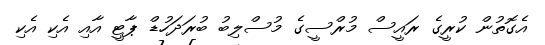
އެގޮތުން ކުރީގެ ރައީސް މުރްސީގެ މުސްލިބު ބުރަދަހުޑް ޕާޓީ އާއި އެކި އެކި